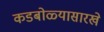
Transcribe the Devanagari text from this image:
कडबोळ्यासारखे